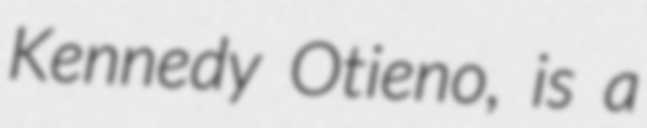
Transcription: Kennedy Otieno, is a